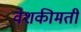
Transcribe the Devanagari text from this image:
वेशकीमती